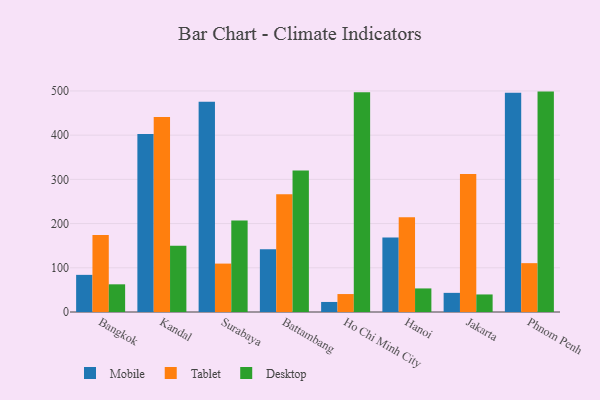
{"axis": {"x": "City", "y": "Temperature (°C)"}, "legend": ["Desktop", "Mobile", "Tablet"], "data": [{"x": "Bangkok", "y": 84.0, "type": "Mobile"}, {"x": "Bangkok", "y": 174.2, "type": "Tablet"}, {"x": "Bangkok", "y": 62.6, "type": "Desktop"}, {"x": "Kandal", "y": 402.8, "type": "Mobile"}, {"x": "Kandal", "y": 441.3, "type": "Tablet"}, {"x": "Kandal", "y": 149.6, "type": "Desktop"}, {"x": "Surabaya", "y": 475.3, "type": "Mobile"}, {"x": "Surabaya", "y": 109.5, "type": "Tablet"}, {"x": "Surabaya", "y": 206.7, "type": "Desktop"}, {"x": "Battambang", "y": 142.1, "type": "Mobile"}, {"x": "Battambang", "y": 266.2, "type": "Tablet"}, {"x": "Battambang", "y": 320.3, "type": "Desktop"}, {"x": "Ho Chi Minh City", "y": 22.7, "type": "Mobile"}, {"x": "Ho Chi Minh City", "y": 40.6, "type": "Tablet"}, {"x": "Ho Chi Minh City", "y": 497.2, "type": "Desktop"}, {"x": "Hanoi", "y": 168.6, "type": "Mobile"}, {"x": "Hanoi", "y": 214.3, "type": "Tablet"}, {"x": "Hanoi", "y": 53.3, "type": "Desktop"}, {"x": "Jakarta", "y": 43.3, "type": "Mobile"}, {"x": "Jakarta", "y": 312.2, "type": "Tablet"}, {"x": "Jakarta", "y": 39.7, "type": "Desktop"}, {"x": "Phnom Penh", "y": 495.8, "type": "Mobile"}, {"x": "Phnom Penh", "y": 110.5, "type": "Tablet"}, {"x": "Phnom Penh", "y": 498.5, "type": "Desktop"}]}